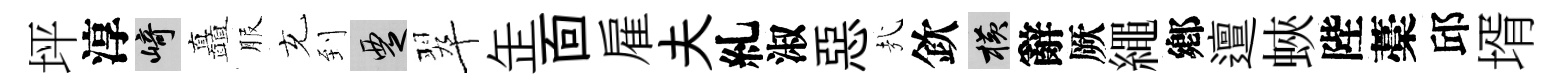
坪淳崎矗服充到覂翠𦈢靣雇夫糺淑惡㢤欽横辭厥繩鄕邅蛺陛藁邱壻